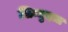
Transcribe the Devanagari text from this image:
सिन्धुदत्त